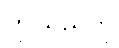
ဤသည်ကို